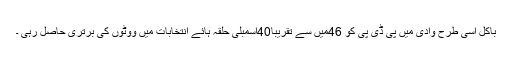
باکل اسی طرح وادی میں پی ڈی پی کو 46میں سے تقریباً40اسمبلی حلقہ ہائے انتخابات میں ووٹوں کی برتری حاصل رہی ْ۔